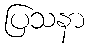
ပြသနာ